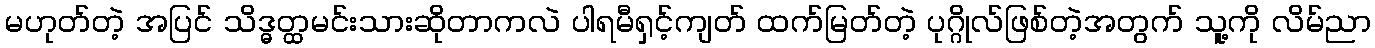
မဟုတ်တဲ့ အပြင် သိဒ္ဓတ္ထမင်းသားဆိုတာကလဲ ပါရမီရှင့်ကျတ် ထက်မြတ်တဲ့ ပုဂ္ဂိုလ်ဖြစ်တဲ့အတွက် သူ့ကို လိမ်ညာ